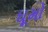
ઘૂમો